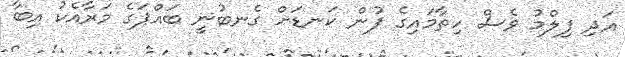
އަދި ފިލްމު ވެސް ހިތާމައިގެ ފުން ކަނޑަށް ގެނބުނީ ބައްޕަގެ މަރާއެކު އިބާ